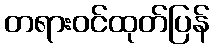
တရားဝင်ထုတ်ပြန်